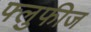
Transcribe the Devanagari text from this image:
फ्लुफीज